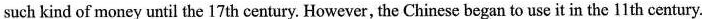
such kind of money until the 17 th century. However, the Chinese began to use it in the 11 th century.